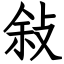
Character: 敍